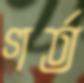
গর্ত